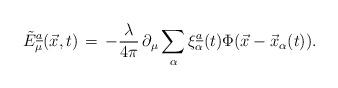
LaTeX: \begin{align*}\tilde E_\mu\sp{\underline{a}}(\vec{x},t)\,=\,-{\lambda\over 4\pi}\,\partial_{\mu}\sum\limits_{\alpha} \xi^{\underline{a}}_{\alpha}(t)\Phi(\vec{x}-\vec{x}_{\alpha}(t)).\end{align*}